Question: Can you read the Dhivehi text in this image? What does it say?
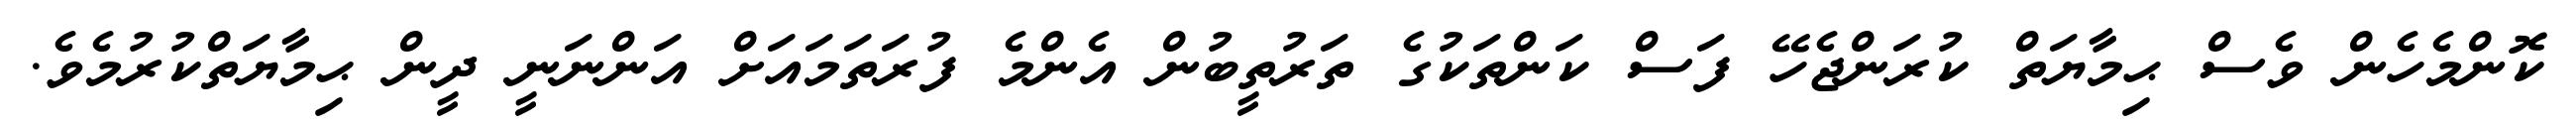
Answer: ކޮންމެހެން ވެސް ޙިމާޔަތް ކުރަންޖެހޭ ފަސް ކަންތަކުގެ ތަރުތީބުން އެންމެ ފުރަތަމައަށް އަންނަނީ ދީން ޙިމާޔަތްކުރުމެވެ.